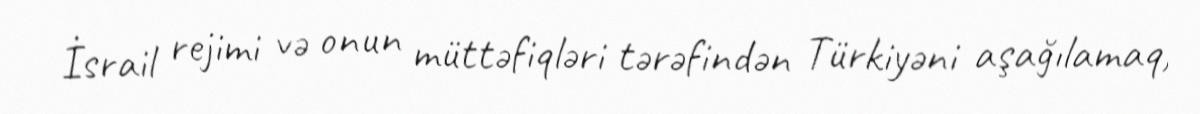
İsrail rejimi və onun müttəfiqləri tərəfindən Türkiyəni aşağılamaq,